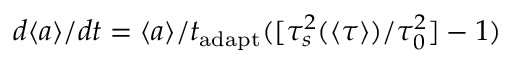
d \langle a \rangle / d t = \langle a \rangle / t _ { \mathrm { a d a p t } } ( [ \tau _ { s } ^ { 2 } ( \langle \tau \rangle ) / \tau _ { 0 } ^ { 2 } ] - 1 )